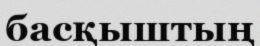
басқыштың